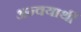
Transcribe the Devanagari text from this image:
अन्वयार्थी